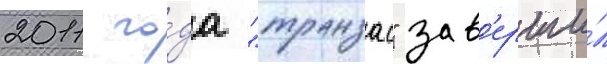
2011 го́да "транзас" зав'ерши́л